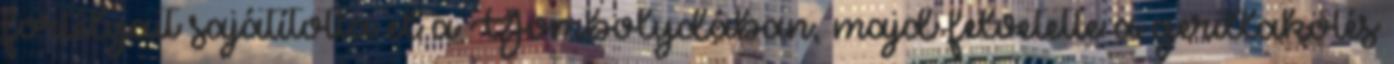
fortélyait sajátította el a Gombolydában, majd felvetette a gerillakötés